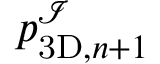
p _ { \mathrm { 3 D } , n + 1 } ^ { \mathcal { I } }